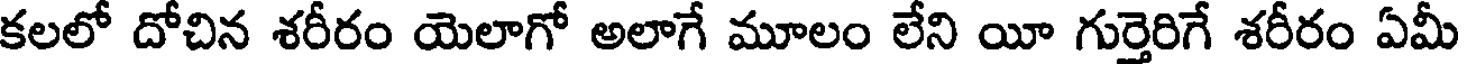
కలలో దోచిన శరీరం యెలాగో అలాగే మూలం లేని యీ గుర్తెరిగే శరీరం ఏమీ